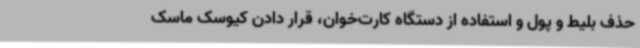
حذف بلیط و پول و استفاده از دستگاه کارت‌خوان، قرار دادن کیوسک ماسک